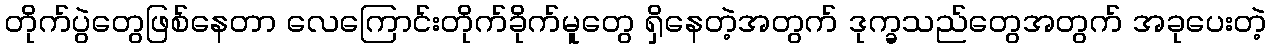
တိုက်ပွဲတွေဖြစ်နေတာ လေကြောင်းတိုက်ခိုက်မူတွေ ရှိနေတဲ့အတွက် ဒုက္ခသည်တွေအတွက် အခုပေးတဲ့